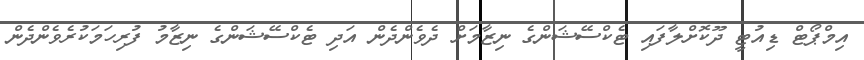
އިމްޕޯޓް ޑިއުޓީ ދޫކޮށްލާފައި ޓެކްސޭޝަންގެ ނިޒާމަށް ދެވެންދެން އަދި ޓެކްސޭޝަންގެ ނިޒާމު ފުރިހަމަކުރެވެންދެން